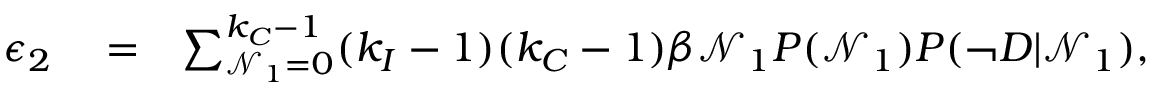
\begin{array} { r l r } { \epsilon _ { 2 } } & { { } = } & { \sum _ { \mathcal { N } _ { 1 } = 0 } ^ { k _ { C } - 1 } ( k _ { I } - 1 ) ( k _ { C } - 1 ) \beta \mathcal { N } _ { 1 } P ( \mathcal { N } _ { 1 } ) P ( \neg D | \mathcal { N } _ { 1 } ) , } \end{array}